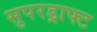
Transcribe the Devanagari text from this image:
सुपरड्राफ्ट